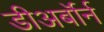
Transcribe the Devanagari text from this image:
डीअर्बॉर्न